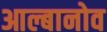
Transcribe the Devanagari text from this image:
आल्बानोव